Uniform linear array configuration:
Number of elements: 4
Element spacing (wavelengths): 0.5
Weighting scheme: binomial
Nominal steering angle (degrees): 30
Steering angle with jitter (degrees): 30.7
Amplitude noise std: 0.05
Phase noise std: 0.05

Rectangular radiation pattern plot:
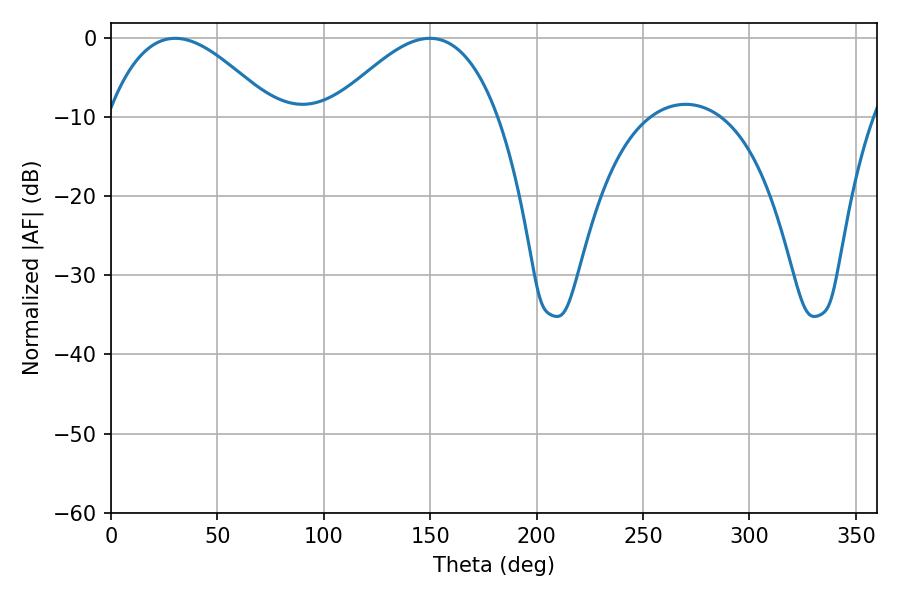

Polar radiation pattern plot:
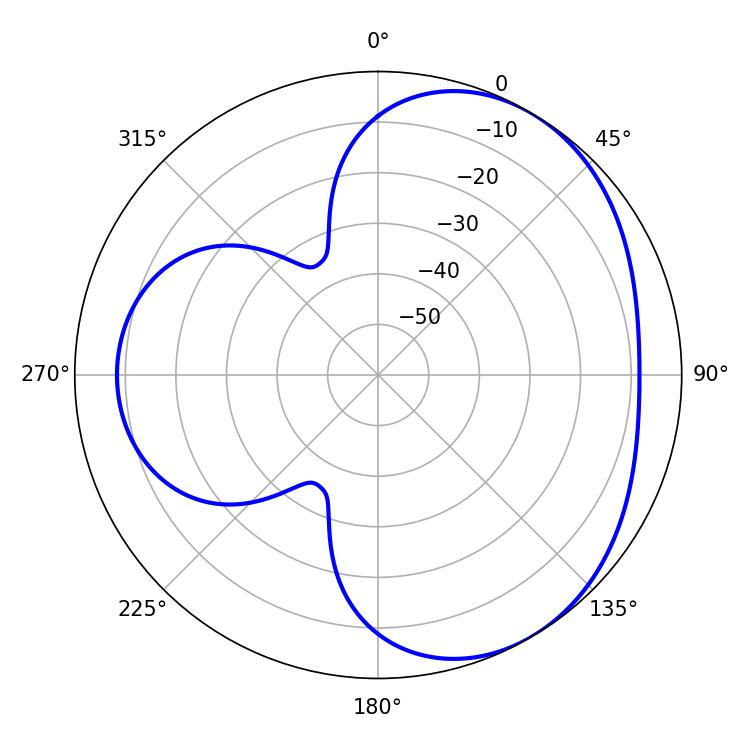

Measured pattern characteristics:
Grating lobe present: FALSE
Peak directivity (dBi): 3.889
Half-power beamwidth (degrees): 42.48
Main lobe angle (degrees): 30.24